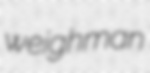
weighman